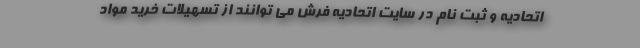
اتحادیه و ثبت نام در سایت اتحادیه فرش می توانند از تسهیلات خرید مواد